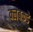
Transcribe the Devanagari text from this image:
क्लबकडे